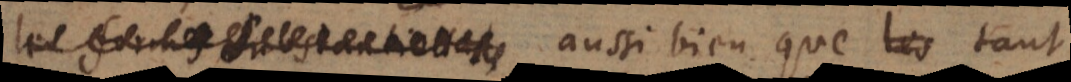
les formes substantielles aussi bien que les tant